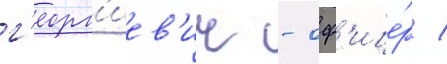
г'еорг'иев'ич - оф'ице́р /